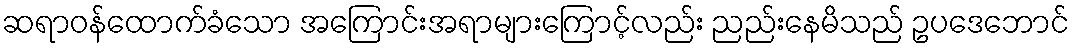
ဆရာဝန်ထောက်ခံသော အကြောင်းအရာများကြောင့်လည်း ညည်းနေမိသည် ဥပဒေဘောင်